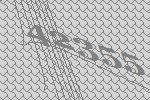
42355